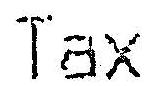
TAX